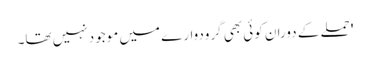
' حملے کے دوران کوئی بھی گرودوارے میں موجود نہیں تھا۔